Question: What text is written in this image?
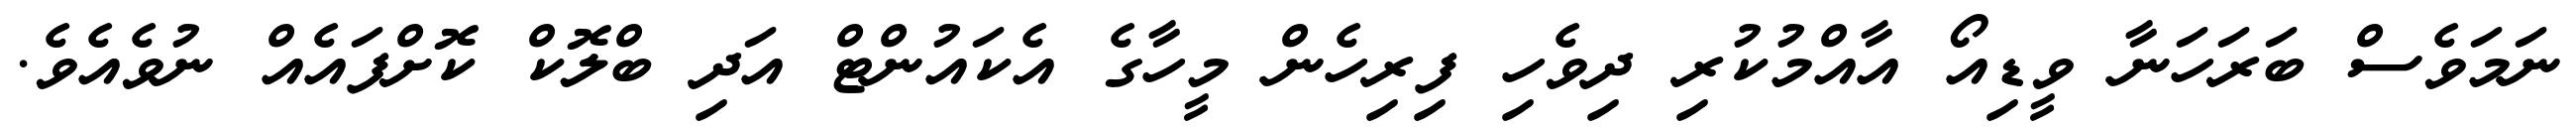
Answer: ނަމަވެސް ބަރަހަނާ ވީޑިއޯ އާއްމުކުރި ދިވެހި ފިރިހެން މީހާގެ އެކައުންޓް އަދި ބްލޮކް ކޮށްފައެއް ނުވެއެވެ.